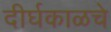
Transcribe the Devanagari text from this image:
दीर्घकाळचे